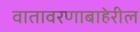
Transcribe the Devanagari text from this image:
वातावरणाबाहेरील